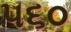
૫૬૦